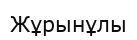
Жұрынұлы